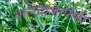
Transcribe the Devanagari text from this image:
गोलंदाजापैकी